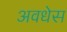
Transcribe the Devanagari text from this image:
अवधेस